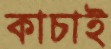
কাচাই